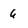
Character: 6